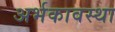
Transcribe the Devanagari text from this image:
अर्भकावस्था